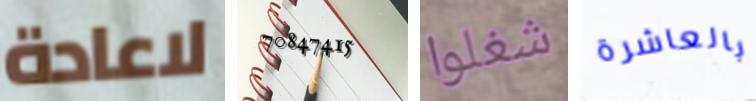
لاعادة 70847415 شغلوا بالعاشرة